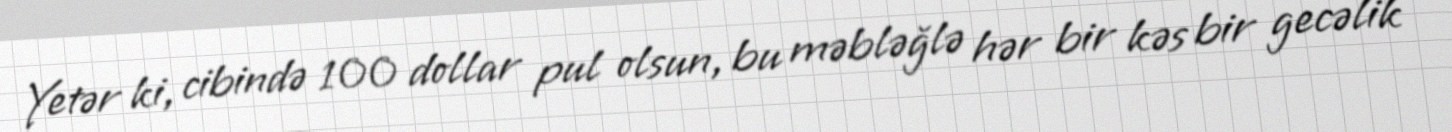
Yetər ki, cibində 100 dollar pul olsun, bu məbləğlə hər bir kəs bir gecəlik